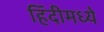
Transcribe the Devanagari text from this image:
हिंंदीमध्ये